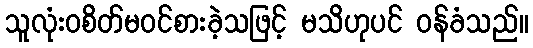
သူလုံးဝစိတ်မဝင်စားခဲ့သဖြင့် မသိဟုပင် ဝန်ခံသည်။